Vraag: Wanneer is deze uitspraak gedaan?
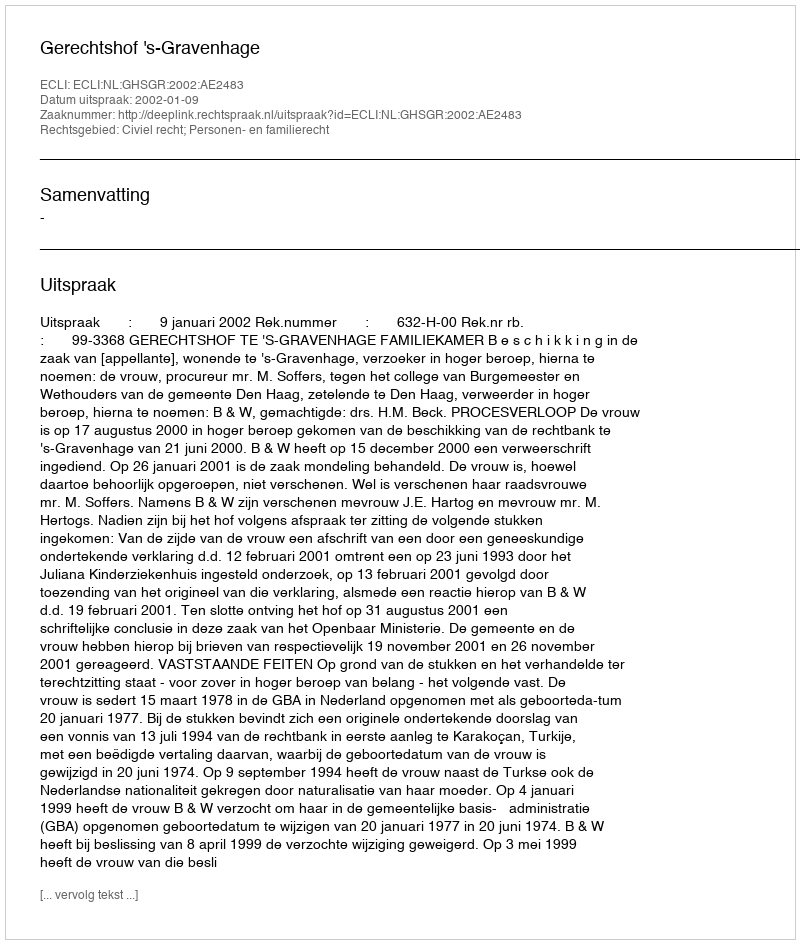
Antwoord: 2002-01-09